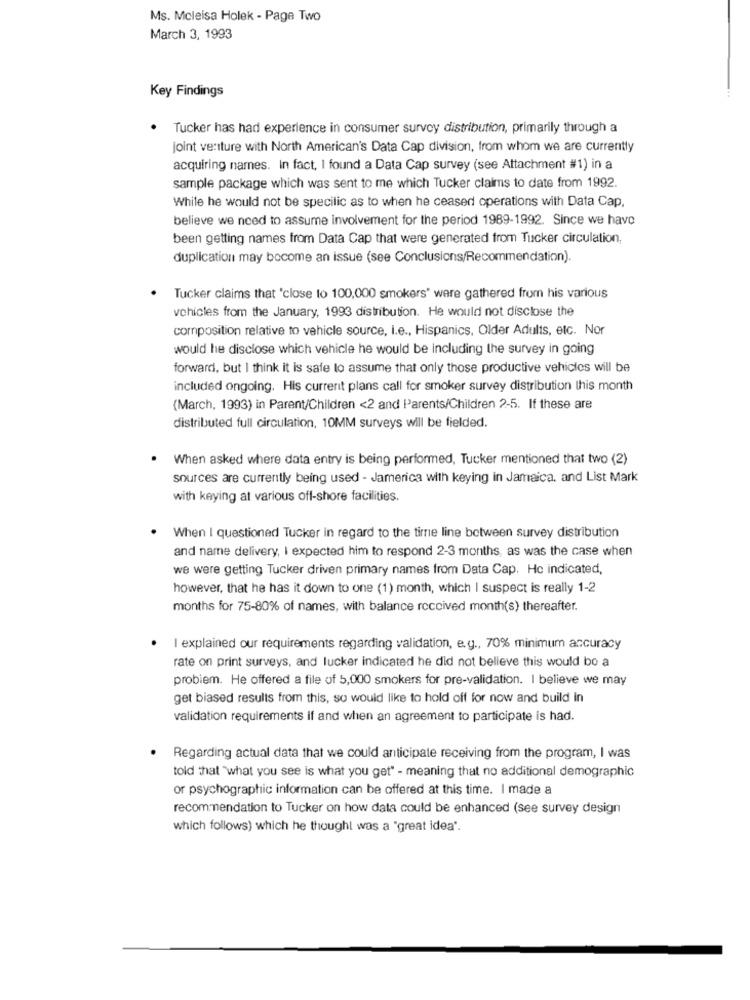
Ms. Mcleisa Holek - Page Two
March 3, 1993
Key Findings
Tucker has had experience in consumer survey distribution, primarily through a
joint venture with North American's Data Cap division, from whom we are currently
acquiring names. In fact, I found a Data Cap survey (see Attachment #1) in a
sample package which was sent to me which Tucker claims to date from 1992.
While he would not be specilic as to when he ceased operations with Data Cap,
believe we need to assume involvement for the period 1989-1992. Since we have
been getting names from Data Cap that were generated from Tucker circulation,
duplication may become an issue (see Conclusions/Recommendation).
. Tucker claims that 'close to 100,000 smokers" were gathered from his various
vehicles from the January, 1993 distribution. He would not disclose the
composition relative to vehicle source, i.e ., Hispanics, Older Adults, etc. Nor
would he disclose which vehicle he would be including the survey in going
forward, but I think it is safe to assume that only those productive vehicles will be
included ongoing. His current plans call for smoker survey distribution this month
(March, 1993) in Parent/Children <2 and Parents/Children 2-5. If these are
distributed full circulation, 10MM surveys will be fielded.
.
When asked where data entry is being performed, Tucker mentioned that two (2)
sources are currently being used - Jamerica with keying in Jamaica, and List Mark
with keying at various off-shore facilities.
When I questioned Tucker in regard to the time line between survey distribution
and name delivery, I expected him to respond 2-3 months, as was the case when
we were getting Tucker driven primary names from Data Cap. He indicated,
however, that he has it down to one (1) month, which I suspect is really 1-2
months for 75-80% of names, with balance received month(s) thereafter.
· I explained our requirements regarding validation, e.g ., 70% minimum accuracy
rate on print surveys, and lucker indicated he did not believe this would bo a
probiem. He offered a file of 5,000 smokers for pre-validation. I believe we may
get biased results from this, so would like to hold off for now and build In
validation requirements if and when an agreement to participate is had.
Regarding actual data that we could anticipate receiving from the program, I was
told that "what you see is what you get" - meaning that no additional demographic
or psychographic information can be offered at this time. I made a
recommendation to Tucker on how data could be enhanced (see survey design
which follows) which he thought was a "great idea'.